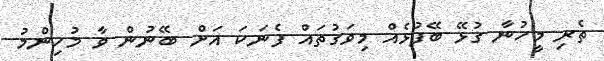
ތެރި މީހުނާ ގުޅޭ ބޭފުޅެއް މިވަގުތައް ފެނަކަ އަށް ބޭނުން ވާ މުހިންމު